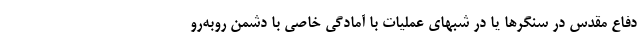
دفاع مقدس در سنگرها یا در شبهای عملیات با آمادگی خاصی با دشمن روبه‌رو